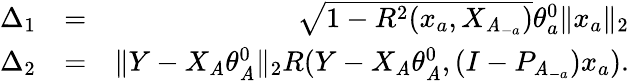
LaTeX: \begin{array}{rlr}{\Delta_{1}}&{=}&{\sqrt{1-R^{2}(x_{a},X_{\mathit{A}_{-a}})}\theta_{a}^{0}\| x_{a}\| _{2}}\\ {\Delta_{2}}&{=}&{\| Y-X_{\mathit{A}}\theta_{\mathit{A}}^{0}\| _{2}R(Y-X_{\mathit{A}}\theta_{\mathit{A}}^{0},(I-P_{\mathit{A}_{-a}})x_{a}).}\end{array}